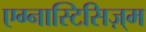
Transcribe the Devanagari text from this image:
एग्नास्टिसिज़्म